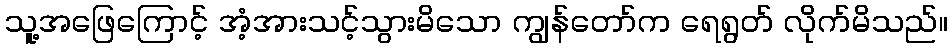
သူ့အဖြေကြောင့် အံ့အားသင့်သွားမိသော ကျွန်တော်က ရေရွတ် လိုက်မိသည်။